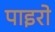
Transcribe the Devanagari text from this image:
पाइरो